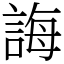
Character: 誨